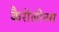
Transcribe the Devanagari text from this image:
कैरोलीनस